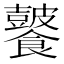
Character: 𩟚